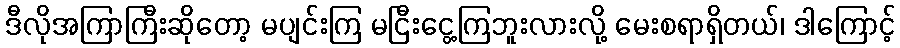
ဒီလိုအကြာကြီးဆိုတော့ မပျင်းကြ မငြီးငွေ့ကြဘူးလားလို့ မေးစရာရှိတယ်၊ ဒါကြောင့်